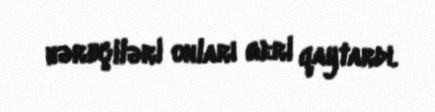
hərbçiləri onları geri qaytardı.